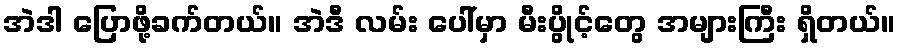
အဲဒါ ပြောဖို့ခက်တယ်။ အဲဒီ လမ်း ပေါ်မှာ မီးပွိုင့်တွေ အများကြီး ရှိတယ်။